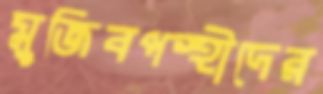
মুজিবপন্থীদের